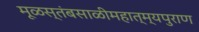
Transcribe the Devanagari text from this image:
मूळस्तंबसाळीमहात्म्यपुराण